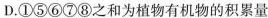
D.①⑤⑥⑦⑧之和为植物有机物的积累量